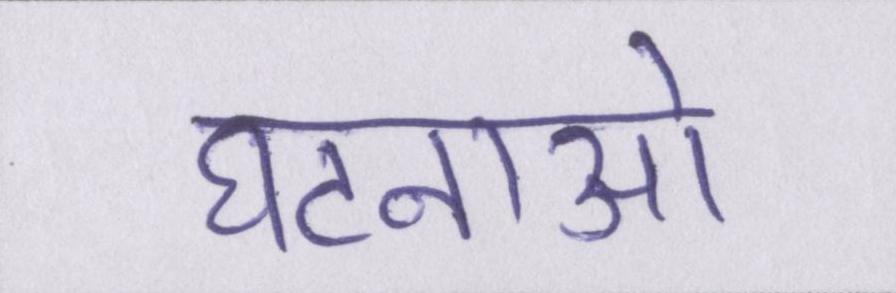
घटनाओ